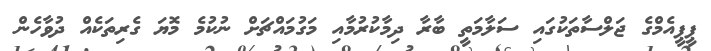
ޕީޕީއެމްގެ ޖަލްސާތަކުގައި ސަލާމަތީ ބާރާ ދިމާކުރުމާއި މަގުމައްޗަށް ނުކުމެ މޮޔަ ގެރިތަކެއް ދުވާހެން